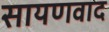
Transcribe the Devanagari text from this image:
सायणवाद